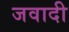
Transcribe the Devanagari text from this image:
जवादी